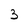
Character: 3